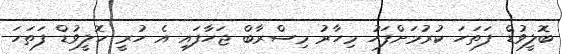
ބޮލީވުޑް ފަތަހަ ކުރުމަށްފަހު މިހާރު މިސްރާބް ޖަހާފައި އެ ހުރީ ހޮލީވުޑް ފަތަހަ